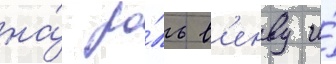
на́ ро́ль в'енву и́